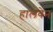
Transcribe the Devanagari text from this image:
हालवेन